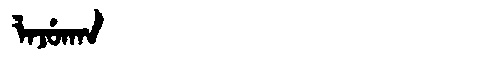
Manchu: ᠯᠠᠵᡠᡴᠠᠨ
Romanization: LAJUKAN